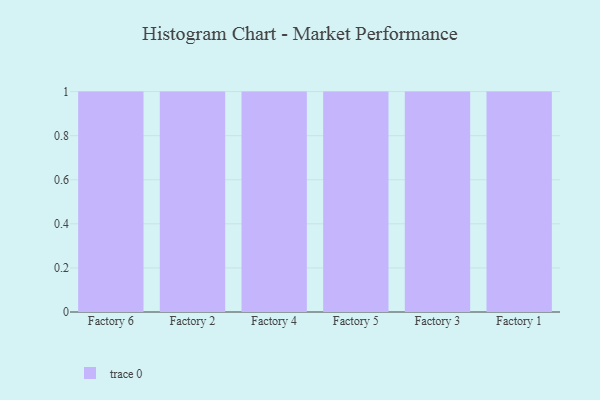
{"axis": {"x": "Factory", "y": "Waste Production (Tons)"}, "legend": [""], "data": [{"x": "Factory 6", "y": 5, "type": ""}, {"x": "Factory 2", "y": 57, "type": ""}, {"x": "Factory 4", "y": 65, "type": ""}, {"x": "Factory 5", "y": 11, "type": ""}, {"x": "Factory 3", "y": 37, "type": ""}, {"x": "Factory 1", "y": 34, "type": ""}]}